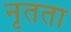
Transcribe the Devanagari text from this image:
नृतता